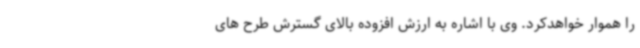
را هموار خواهدکرد. وی با اشاره به ارزش افزوده بالای گسترش طرح های